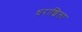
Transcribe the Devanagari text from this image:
धराशिला